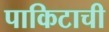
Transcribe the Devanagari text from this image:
पाकिटाची